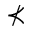
\nprec